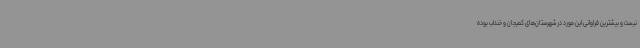
نیست و بیشترین فراوانی این مورد در شهرستان‌های کمیجان و خنداب بوده